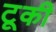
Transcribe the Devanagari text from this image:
टूकी